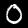
Label: 0